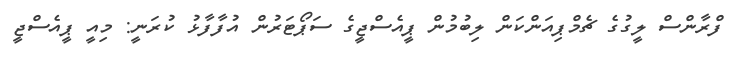
ފްރާންސް ލީގުގެ ޗެމްޕިއަންކަން ލިބުމުން ޕީއެސްޖީގެ ސަޕޯޓަރުން އުފާފާޅު ކުރަނީ: މިއީ ޕީއެސްޖީ